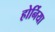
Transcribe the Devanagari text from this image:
होर्निया